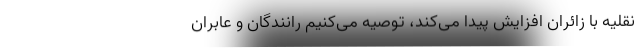
نقلیه با زائران افزایش پیدا می‌کند، توصیه می‌کنیم رانندگان و عابران